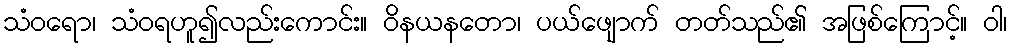
သံဝရော၊ သံဝရဟူ၍လည်းကောင်း။ ဝိနယနတော၊ ပယ်ဖျောက် တတ်သည်၏ အဖြစ်ကြောင့်။ ဝါ၊